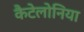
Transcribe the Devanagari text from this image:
कैटेलोनिया